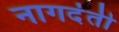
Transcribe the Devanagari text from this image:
नागदंती